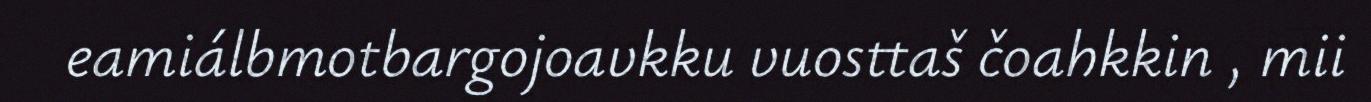
eamiálbmotbargojoavkku vuosttaš čoahkkin , mii